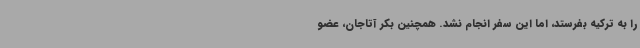
را به ترکیه بفرستد، اما این سفر انجام نشد. همچنین بکر آتاجان، عضو